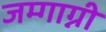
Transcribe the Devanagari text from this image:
जम्गाग्नी